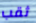
ثقب